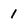
Character: 1